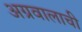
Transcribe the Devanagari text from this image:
अग्रवालाची